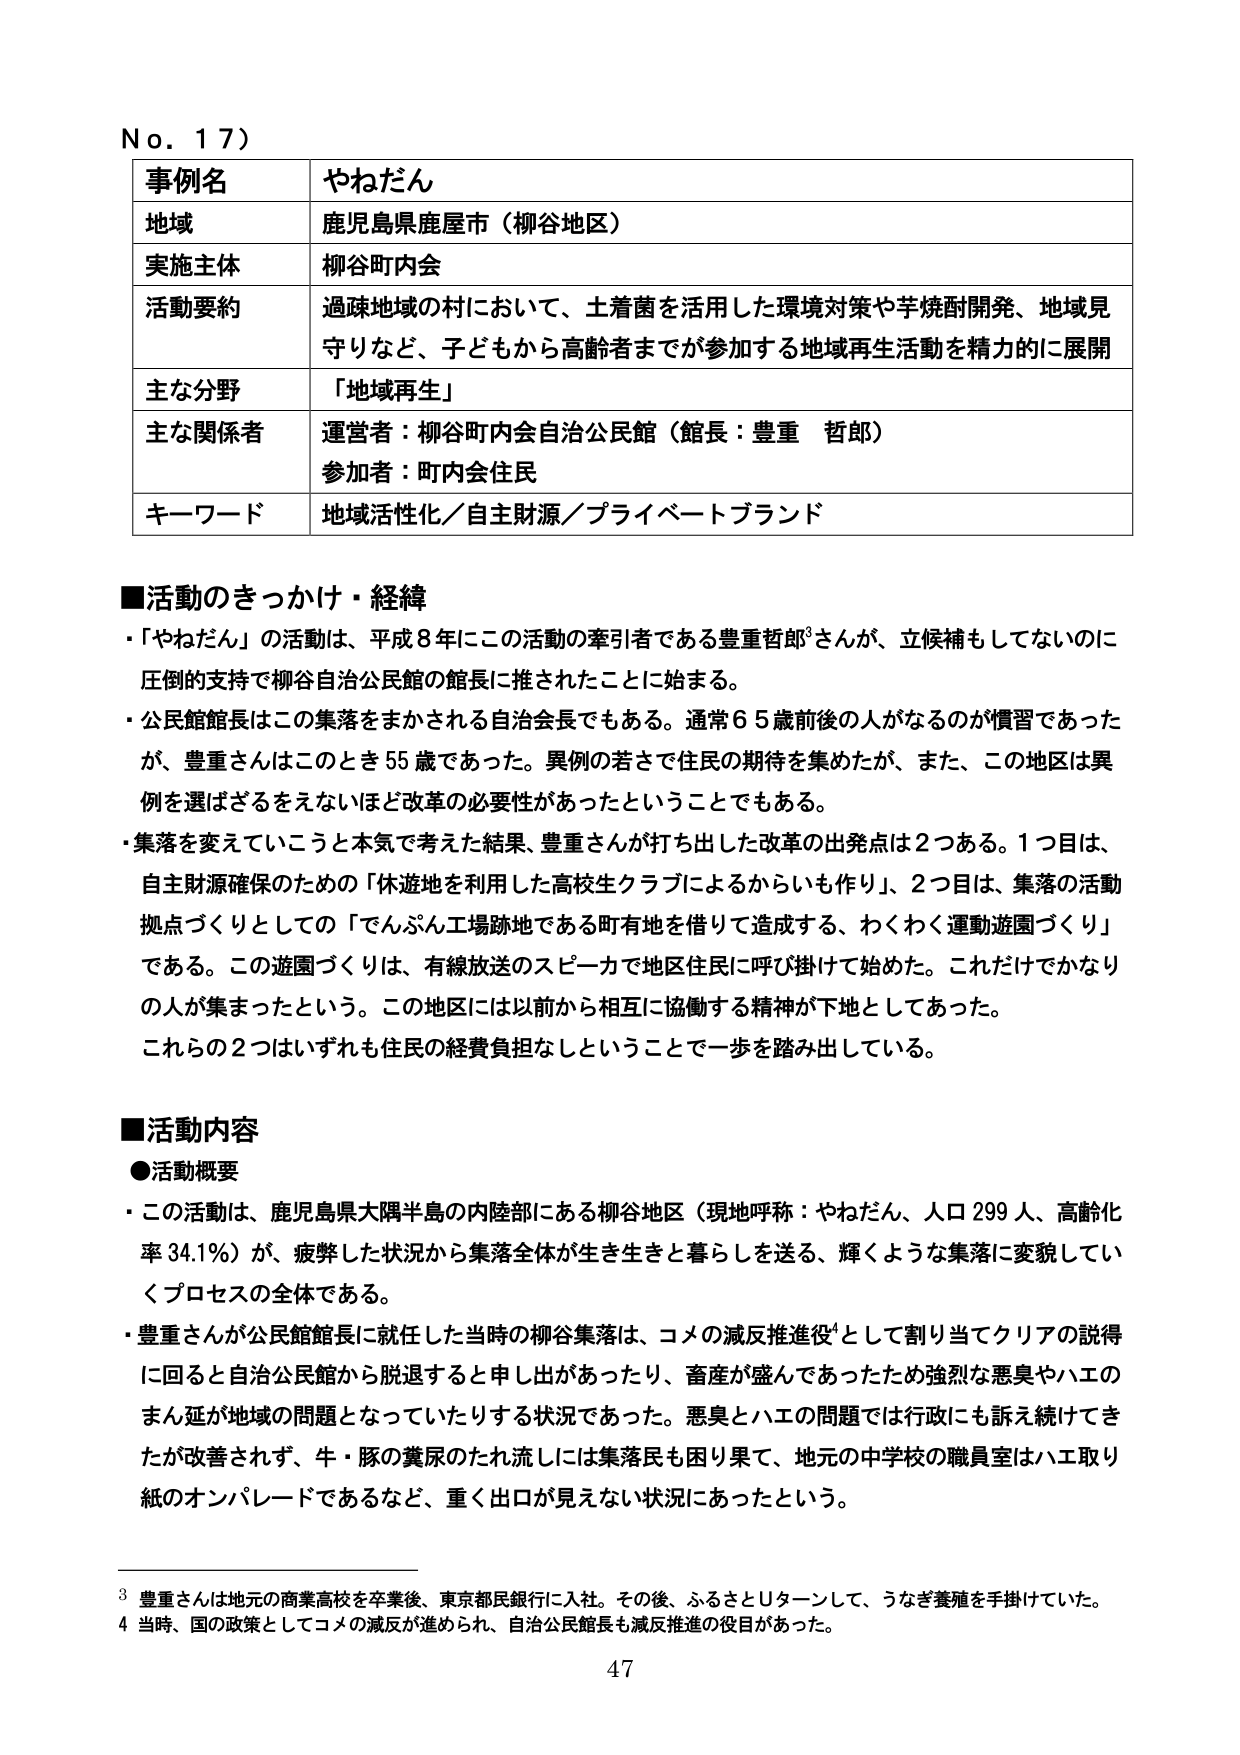
No. 17)

事例名 やねだん
地域 鹿児島県鹿屋市（柳谷地区）
実施主体 柳谷町内会
活動要約 過疎地域の村において、土着菌を活用した環境対策や芋焼酎開発、地域見守りなど、子どもから高齢者までが参加する地域再生活動を精力的に展開
主な分野 「地域再生」
主な関係者 運営者：柳谷町内会自治公民館（館長：豊重 哲郎）
参加者：町内会住民
キーワード 地域活性化／自主財源／プライベートブランド

■活動のきっかけ・経緯
・「やねだん」の活動は、平成8年にこの活動の牽引者である豊重哲郎³さんが、立候補もしてないのに圧倒的支持で柳谷自治公民館の館長に推されたことに始まる。
・公民館館長はこの集落をまかされる自治会長でもある。通常65歳前後的人がなるのが慣習であったが、豊重さんはこのとき55歳であった。異例の若さで住民の期待を集めたが、また、この地区は異例を選ばざるをえないほど改革の必要性があったということでもある。
・集落を変えていこうと本気で考えた結果、豊重さんが打ち出した改革の出発点は2つある。1つ目は、自主財源確保のための「休遊地を利用した高校生クラブによるからいも作り」、2つ目は、集落の活動拠点づくりとしての「でんぷん工場跡地である町有地を借りて造成する、わくわく運動遊園づくり」である。この遊園づくりは、有線放送のスピーカで地区住民に呼び掛けて始めた。これだけでかなりの人が集まったという。この地区には以前から相互に協働する精神が下地としてあった。これらの2つはいずれも住民の経費負担なしということで一歩を踏み出している。

■活動内容
●活動概要
・この活動は、鹿児島県大隅半島の内陸部にある柳谷地区（現地呼称：やねだん、人口299人、高齢化率34.1％）が、疲弊した状況から集落全体が生き生きと暮らしを送る、輝くような集落に変貌していくプロセスの全体である。
・豊重さんが公民館館長に就任した当時の柳谷集落は、コメの減反推進役⁴として割り当てクリアの説得に回ると自治公民館から脱退すると申し出があったり、畜産が盛んであったため強烈な悪臭やハエのまん延が地域の問題となっていたりする状況であった。悪臭とハエの問題では行政にも訴え続けてきたが改善されず、牛・豚の糞尿のたれ流しには集落民も困り果て、地元の中学校の職員室はハエ取り紙のオンパレードであるなど、重く出口が見えない状況にあったという。

³ 豊重さんは地元の商業高校を卒業後、東京都民銀行に入社。その後、ふるさとUターンして、うなぎ養殖を手掛けていた。
⁴ 当時、国の政策としてコメの減反が進められ、自治公民館長も減反推進の役目があった。

47